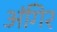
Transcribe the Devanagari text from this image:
अंगिर